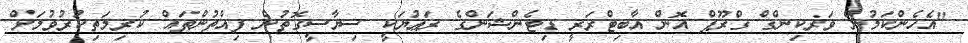
"އެހެންކަމުން ވަރކިންގް ގްރޫޕް އޮން އާބިޓްރަރީ ޑިޓެންޝަންގެ ރަޢުޔަކީ ސިޔާސީގޮތުން ފިއްތުންތައް ކުރިމަތިކުރުވުމަށް